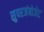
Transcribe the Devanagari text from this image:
सुपरजंबोजेट